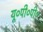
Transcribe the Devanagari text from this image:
यू०पी०पी०